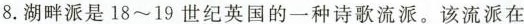
8.湖畔派是18~19世纪英国的一种诗歌流派。该流派在